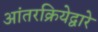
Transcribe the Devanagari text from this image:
आंतरक्रियेद्वारे